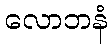
လောဘနံ